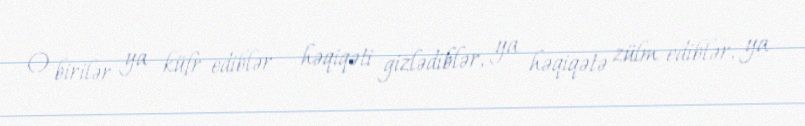
O birilər ya küfr ediblər - həqiqəti gizlədiblər, ya həqiqətə zülm ediblər, ya